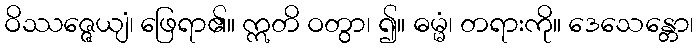
ဝိဿဇ္ဇေယျံ၊ ဖြေရာ၏။ ဣတိ ဝတွာ၊ ၍။ ဓမ္မံ၊ တရားကို။ ဒေသေန္တော၊